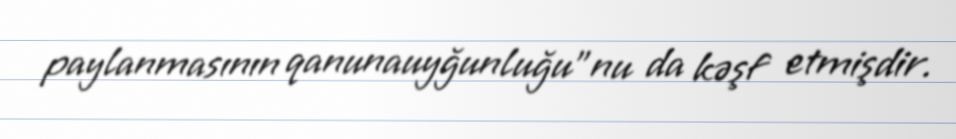
paylanmasının qanunauyğunluğu"nu da kəşf etmişdir.